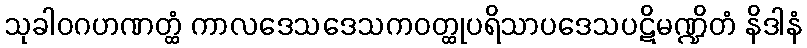
သုခါဝဂဟဏတ္ထံ ကာလဒေသဒေသကဝတ္ထုပရိသာပဒေသပဋိမဏ္ဍိတံ နိဒါနံ